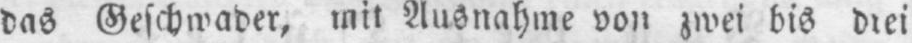
das Geschwader, mit Ausnahme von zwei bis drei